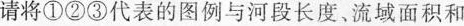
请将①②③代表的图例与河段长度，流域面积和